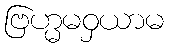
ဗြဟ္မမဝှယာမ